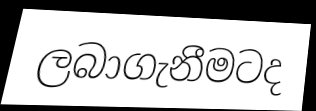
ලබාගැනීමටද